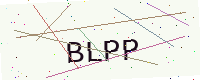
Text: BLPP